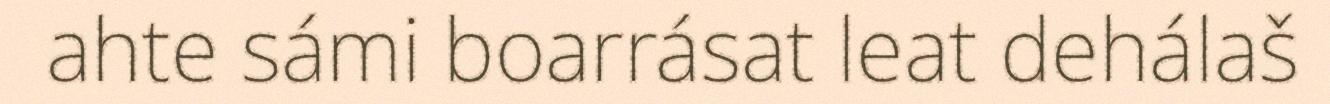
ahte sámi boarrásat leat dehálaš